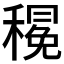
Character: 𮃦